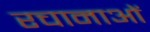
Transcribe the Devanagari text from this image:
रचानाओं